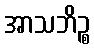
အာသဘိဉ္စ